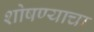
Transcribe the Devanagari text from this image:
शोषण्याचा